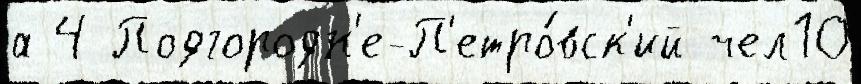
а 4 Подгородн'е-П'етро́вск'ий чел10